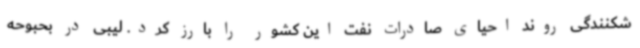
شکنندگی روند احیای صادرات نفت این کشور را بارز کرد. لیبی در بحبوحه